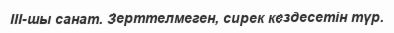
III-шы санат. Зерттелмеген, сирек кездесетін түр.